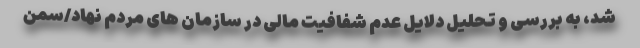
شد، به بررسی و تحلیل دلایل عدم شفافیت مالی در سازمان های مردم نهاد/سمن